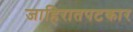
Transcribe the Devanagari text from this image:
जाहिरातपटकार